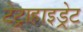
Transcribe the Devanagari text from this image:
टेट्राहाइड्रेट